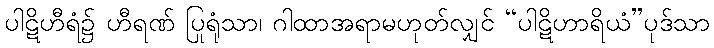
ပါဋိဟီရံ၌ ဟီရဏ် ပြုရုံသာ၊ ဂါထာအရာမဟုတ်လျှင် “ပါဋိဟာရိယံ”ပုဒ်သာ